Report on the lunatic asylums under the Government of Bombay - 1904-1913
Year: 1904
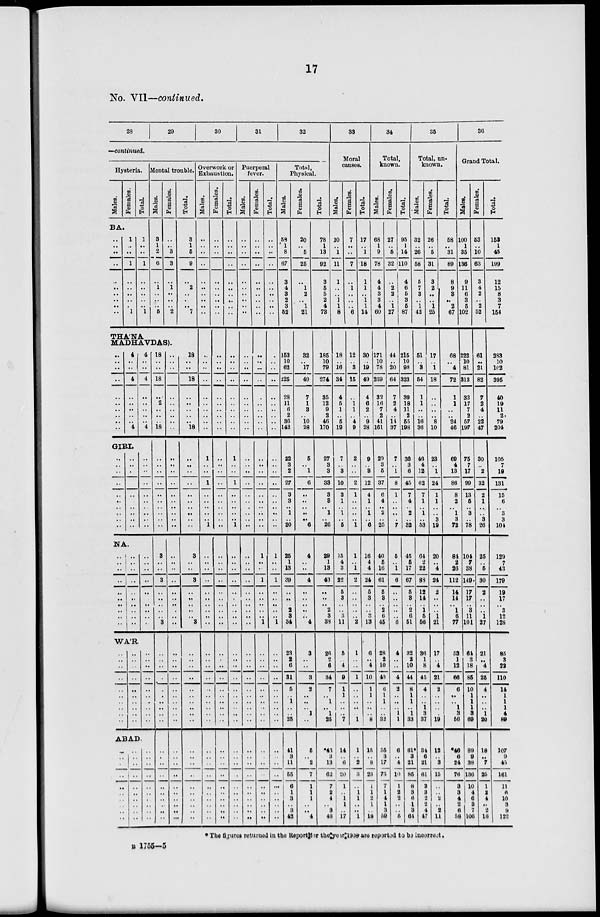
17
No. VII—continued.
28
29
30
31
32
—continued.
Hysteria.
Males.
Females.
BA.
..
..
..
..
..
..
..
..
..
..
1
..
..
1
..
..
..
..
..
1
Total.
1
..
..
1
..
..
..
..
..
1
Mental trouble.
Males.
3
1
2
6
..
1
..
..
..
5
Females.
..
..
3
3
..
1
..
..
..
2
THÁNA
MADHAVDAS).
..
..
..
..
..
..
..
..
..
..
4
..
..
4
..
..
..
..
..
4
GIRI.
..
..
..
..
..
..
..
..
..
..
..
..
..
..
..
..
..
..
..
..
NA.
..
..
..
..
..
..
..
..
..
..
..
..
..
..
..
..
..
..
..
..
4
..
..
4
..
..
..
..
..
4
..
..
..
..
..
..
..
..
..
..
..
..
..
..
..
..
..
..
..
..
WÁR.
..
..
..
..
..
..
..
..
..
..
..
..
..
..
..
..
..
..
..
..
..
..
..
..
..
..
..
..
..
..
ABAD.
..
..
..
..
..
..
..
..
..
..
..
..
..
..
..
..
..
..
..
..
..
..
..
..
..
..
..
..
..
..
18
..
..
18
..
2
..
..
..
18
..
..
..
..
..
..
..
..
..
..
3
..
..
3
..
..
..
..
..
3
..
..
..
..
..
..
..
..
..
..
..
..
..
..
..
..
..
..
..
..
..
..
..
..
..
..
..
..
..
..
..
..
..
..
..
..
..
..
..
..
..
..
..
..
..
..
..
..
..
..
..
..
..
..
..
..
..
..
..
..
..
..
..
..
..
..
..
..
..
..
Total.
3
1
5
9
..
2
..
..
..
7
18
..
..
18
..
2
..
..
..
18
..
..
..
..
..
..
..
..
..
..
3
..
..
3
..
..
..
..
..
3
..
..
..
..
..
..
..
..
..
..
..
..
..
..
..
..
..
..
..
..
Overwork or
Exhaustion.
Males.
..
..
..
..
..
..
..
..
..
..
..
..
..
..
..
..
..
..
..
..
1
..
..
1
..
..
..
..
..
1
..
..
..
..
..
..
..
..
..
..
..
..
..
..
..
..
..
..
..
..
..
..
..
..
..
..
..
..
..
..
Females.
..
..
..
..
..
..
..
..
..
..
..
..
..
..
..
..
..
..
..
..
..
..
..
..
..
..
..
..
..
..
..
..
..
..
..
..
..
..
..
..
..
..
..
..
..
..
..
..
..
..
..
..
..
..
..
..
..
..
..
..
Total.
..
..
..
..
..
..
..
..
..
..
..
..
..
..
..
..
..
..
..
..
1
..
..
1
..
..
..
..
..
1
..
..
..
..
..
..
..
..
..
..
..
..
..
..
..
..
..
..
..
..
..
..
..
..
..
..
..
..
..
..
Puerperal
fever.
Males.
..
..
..
..
..
..
..
..
..
..
..
..
..
..
..
..
..
..
..
..
..
..
..
..
..
..
..
..
..
..
..
..
..
..
..
..
..
..
..
..
..
..
..
..
..
..
..
..
..
..
..
..
..
..
..
..
..
..
..
..
Females.
..
..
..
..
..
..
..
..
..
..
..
..
..
..
..
..
..
..
..
..
..
..
..
..
..
..
..
..
..
..
1
..
..
1
..
..
..
..
..
1
..
..
..
..
..
..
..
..
..
..
..
..
..
..
..
..
..
..
..
..
Total.
..
..
..
..
..
..
..
..
..
..
..
..
..
..
..
..
..
..
..
..
..
..
..
..
..
..
..
..
..
..
1
..
..
1
..
..
..
..
..
1
..
..
..
..
..
..
..
..
..
..
..
..
..
..
..
..
..
..
..
..
Total,
Physical.
Males.
58
1
8
67
3
4
3
2
3
52
153
10
62
225
28
11
6
2
36
142
22
3
2
27
3
3
.. 1
20
25
1
13
39
..
..
..
2
3
34
23
2
6
31
5
..
1
..
..
25
41
3
11
55
6
1
3
..
3
42
Females.
20
..
5
25
..
1
2
..
1
21
32
..
17
49
7
1
3
..
10
28
5
..
1
6
..
..
..
..
..
6
4
..
..
4
..
..
..
..
..
4
3
..
..
3
2
..
..
..
1
..
5
..
2
7
1
1
1
..
..
4
Total.
78
1
13
92
3
6
5
2
4
73
185
10
79
274
35
12
9
2
46
170
27
3
3
33
3
3
.. 1
..
26
29
1
13
43
..
..
..
2
3
38
26
2
6
34
7
..
1
1
25
*46
3
13
62
7
2
4
..
3
46
33
Moral
causes.
Males.
10
..
1
11
1
..
..
1
1
8
18
..
16
34
4
5
1
..
5
19
7
..
3
10
3
1
..
1
..
5
15
4
3
22
5
3
..
..
3
11
5
..
4
9
1
1
..
..
..
7
14
..
6
20
1
..
1
1
..
17
Females.
7
..
..
7
..
1
..
..
..
6
12
..
3
15
..
1
1
..
4
9
2
..
..
2
1
..
..
..
..
1
1
..
1
2
..
..
..
..
..
2
1
..
..
1
..
..
..
..
..
1
1
..
2
3
..
1
1
..
..
l
Total.
17
..
1
18
1
1
..
1
1
14
30
..
19
49
4
6
2
..
9
28
9
..
3
12
4
1
.. 1
..
6
16
4
4
24
5
3
..
..
3
13
6
..
4
10
1
1
..
..
..
8
15
..
8
23
1
1
2
1
..
18
34
Total,
known.
Males.
68
1
9
78
4
4
3
3
4
60
171
10
78
259
32
16
7
2
41
161
29
3
5
37
6
4
.. 2
..
25
40
5
16
61
5
8
..
2
6
45
28
2
10
40
6
1
1
..
32
55
3
17
75
7
1
4
1
3
59
Females.
27
..
5
32
..
2
2
..
1
27
44
..
20
64
7
2
4
..
14
37
7
..
1
8
1
..
..
..
..
7
5
..
1
6
..
..
..
..
..
6
4
..
..
4
2
..
..
1
1
6
..
4
10
1
2
2
..
..
5
Total.
95
1
14
110
4
6
5
3
6
87
215
10
98
323
39
18
11
2
55
198
36
3
6
45
7
4
.. 2
..
32
45
5
17
67
5
8
..
2
6
51
32
2
10
44
8
1
1
1
33
61
3
21
85
8
3
6
1
3
64
35
Total, un-
known.
Males.
32
..
26
58
5
7
3
..
1
42
51
..
3
54
1
1
..
..
16
36
46
4
12
62
7
1
.. 1
..
53
64
2
22
88
12
14
..
1
5
56
36
1
8
45
4
..
..
1
3
37
34
6
21
61
3
3
2
2
4
47
Females.
26
..
5
31
3
2
..
..
1
25
17
..
1
18
..
..
..
..
8
10
23
..
1
24
1
1
..
..
3
19
20
..
4
24
2
..
..
..
1
21
17
..
4
21
2
..
..
..
..
19
12
..
3
15
..
..
2
..
2
11
Total.
58
..
31
89
8
9
3
..
2
67
68
..
4
72
1
1
..
..
24
46
69
4
13
86
8
2
.. 1
3
72
84
2
26
112
14
14
..
1
6
77
53
1
12
66
6
..
..
1
3
56
*46
6
24
76
3
3
4
2
6
58
36
Grand Total.
Males.
100
1
35
136
9
11
6
3
5
102
222
10
81
31S
33
17
7
2
57
197
75
7
17
99
13
6
.. 3
..
78
104
7
38
149
17
17
..
3
11
101
64
3
18
85
10
1
1
1
3
69
89
9
38
136
10
4
6
3
7
106
Females.
53
..
10
63
3
4
2
..
2
52
61
..
21
82
7
2
4
..
22
47
30
..
2
32
2
1
..
..
3
26
25
..
5
30
2
..
..
..
1
27
21
..
4
25
4
..
..
..
1
20
18
..
7
25
1
2 4
..
2
16
Total.
153
1
45
199
12
15
8
3
7
154
283
10
102
395
40
19
11
2
79
204
105
7
19
131
15
6
..
3
3
104
129
7
43
179
19
17
..
3
12
128
85
3
22
110
14
1
1
1
4
89
107
9
45
161
11
6
10
3
9
122
* The figures returned in the Report for the year 1908 are reported to be incorrect.
B 1755-5